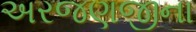
અરજણજીના